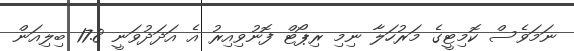
ނަމަވެސް ކޮމިޓީގެ މަރުހަލާ ނިމި ރިޕޯޓް ފޮނުވިއިރު އެ އަދަދުވަނީ 17.8 ބިލިއަން